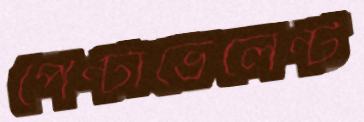
পেন্টাভেলেন্ট